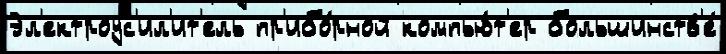
Эл'ектроус'ил'ит'ель пр'ибо́рной компью́т'ер большинств'е́